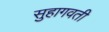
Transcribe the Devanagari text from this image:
सुहागवती